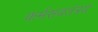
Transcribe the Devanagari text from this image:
कर्मसवतंत्रय